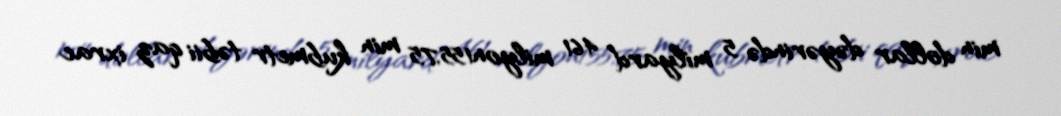
min dollar dəyərində 5 milyard 461 milyon155,75 min kubmetr təbii qaz ixrac